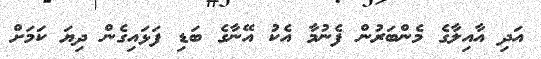
އަދި އާއިލާގެ މެންބަރުން ފެނުމާ އެކު އޭނާގެ ބަޑި ފަޅައިގެން ދިޔަ ކަމަށް